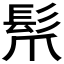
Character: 𩬐